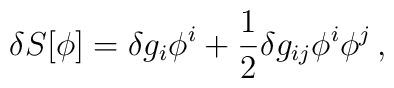
\delta S[\phi]= \delta g_i\phi^i+\frac{1}{2}\delta g_{ij}\phi^i\phi^j \,,